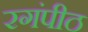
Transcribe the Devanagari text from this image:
रगंपीठ